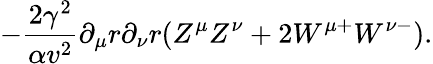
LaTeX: -\frac{2\gamma^{2}}{\alpha v^{2}}\partial_{\mu}r\partial_{\nu}r(Z^{\mu}Z^{\nu}+2W^{\mu+}W^{\nu-}).